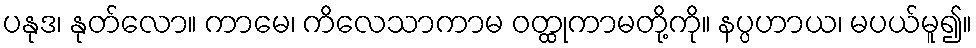
ပနုဒ၊ နုတ်လော။ ကာမေ၊ ကိလေသာကာမ ဝတ္ထုကာမတို့ကို။ နပ္ပဟာယ၊ မပယ်မူ၍။